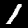
Label: 1